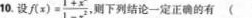
10.设 f(x)= \frac{1+x^{2}}{1-x^{2}} 则下列结论一定正确的有()